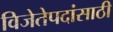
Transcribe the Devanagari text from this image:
विजेतेपदांसाठी